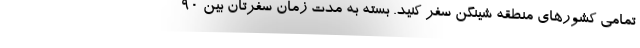
تمامی کشورهای منطقه شینگن سفر کنید. بسته به مدت زمان سفرتان بین 90